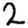
Digit: 2